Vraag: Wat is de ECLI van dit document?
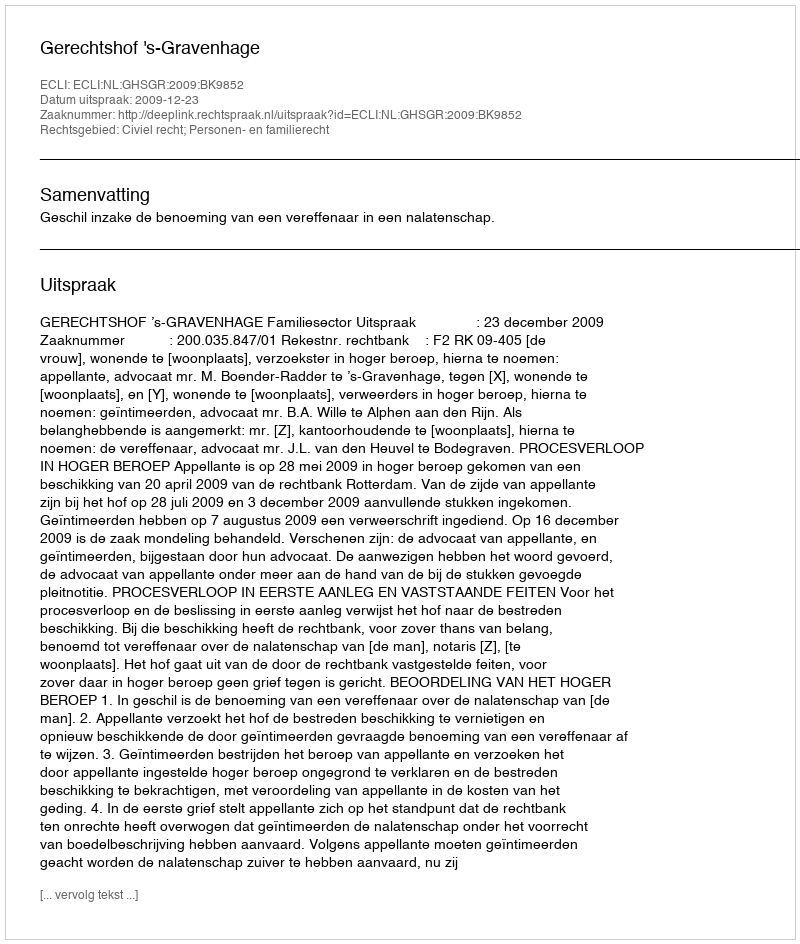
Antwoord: ECLI:NL:GHSGR:2009:BK9852